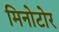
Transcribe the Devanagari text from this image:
मिनोटोर